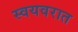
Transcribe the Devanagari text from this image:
स्वयवरात